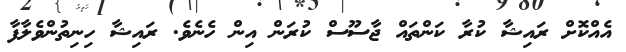
އެއްކޮށް ރައިޝާ ކުރާ ކަންތައް ޖާސޫސް ކުރަން އިން ހެނެވެ. ރައިޝާ ހިނިތުންވެލާފާ